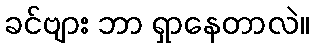
ခင်ဗျား ဘာ ရှာနေတာလဲ။